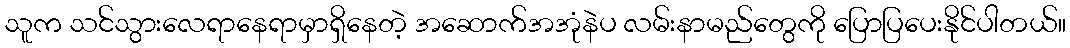
သူက သင်သွားလေရာနေရာမှာရှိနေတဲ့ အဆောက်အအုံနဲပ လမ်းနာမည်တွေကို ပြောပြပေးနိုင်ပါတယ်။